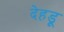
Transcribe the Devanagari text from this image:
देहडू